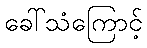
ခေါ်သံကြောင့်